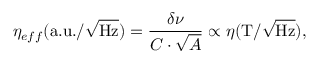
\eta _ { e f f } \mathrm { ( a . u . / } \sqrt { \mathrm { H z } } ) = \frac { \delta \nu } { C \cdot \sqrt { A } } \propto \eta \mathrm { ( T / } \sqrt { \mathrm { H z } } ) ,